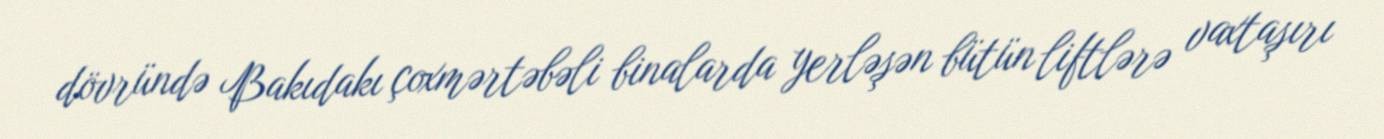
dövründə Bakıdakı çoxmərtəbəli binalarda yerləşən bütün liftlərə vaxtaşırı